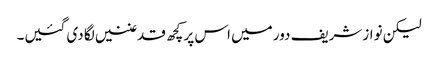
لیکن نوازشریف دور میں اس پر کچھ قدغنیں لگا دی گئیں۔